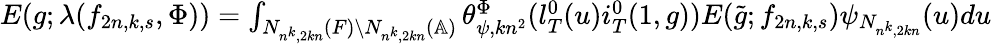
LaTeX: \begin{array}{r}{E(g;\lambda(f_{2n,k,s},\Phi))=\int_{N_{n^{k},2kn}(F)\backslash N_{n^{k},2kn}(\mathbb{A})}\theta_{\psi,kn^{2}}^{\Phi}(l_{T}^{0}(u)i_{T}^{0}(1,g))E(\tilde{g};f_{2n,k,s})\psi_{N_{n^{k},2kn}}(u)du}\end{array}